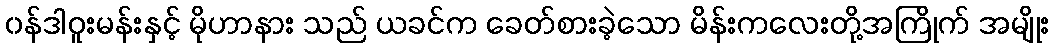
၀န်ဒါဝူးမန်းနှင့် မိုဟာနား သည် ယခင်က ခေတ်စားခဲ့သော မိန်းကလေးတို့အကြိုက် အမျိုး